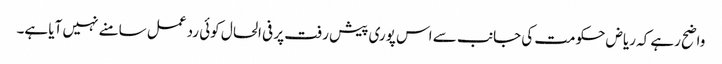
واضح رہے کہ ریاض حکومت کی جانب سے اس پوری پیش رفت پر فی الحال کوئی رد عمل سامنے نہیں آیا ہے۔